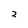
Character: 2